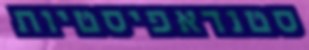
סטנדאפיסטיות